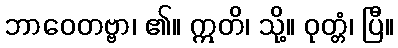
ဘာဝေတဗ္ဗာ၊ ၏။ ဣတိ၊ သို့။ ဝုတ္တံ၊ ပြီ။